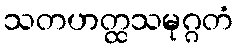
သတဟတ္ထသမုဂ္ဂတံ